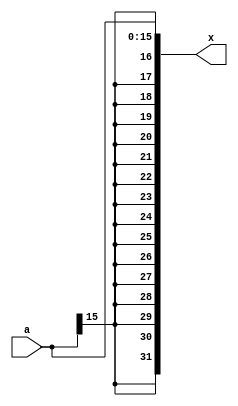
module SIGNEXTEND_16_32(
    input [15:0] a,
    output [31:0] x
);

assign x = {
    {16{a[15]}},
    a
};

endmodule